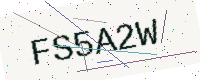
Text: FS5A2W